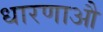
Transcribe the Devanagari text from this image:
धारणाऔ